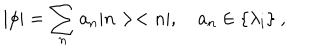
| \phi | = \sum _ { n } a _ { n } | n > < n | , \quad a _ { n } \in \{ \lambda _ { i } \} ~ ,